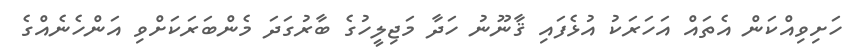
ހަށިވިއްކަން އެތައް އަހަރަކު އުޅެފައި ޤާނޫނު ހަދާ މަޖިލީހުގެ ބާރުގަދަ މެންބަރަކަށްވި އަންހެނެއްގެ